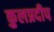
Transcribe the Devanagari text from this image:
कुलप्रदीप